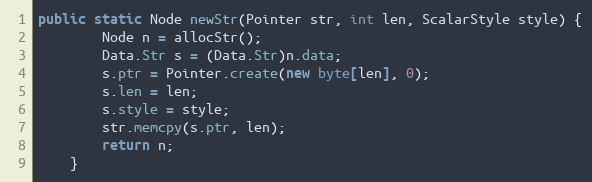
Language: Java
public static Node newStr(Pointer str, int len, ScalarStyle style) {
        Node n = allocStr();
        Data.Str s = (Data.Str)n.data;
        s.ptr = Pointer.create(new byte[len], 0);
        s.len = len;
        s.style = style;
        str.memcpy(s.ptr, len);
        return n;
    }